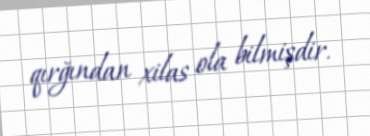
qırğından xilas ola bilmişdir.